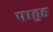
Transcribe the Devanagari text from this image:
पाहुड